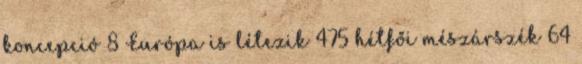
koncepció 8 Európa is létezik 475 hétfői mészárszék 64